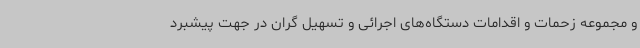
و مجموعه زحمات و اقدامات دستگاه‌های اجرائی و تسهیل گران در جهت پیشبرد